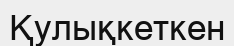
Қулықкеткен